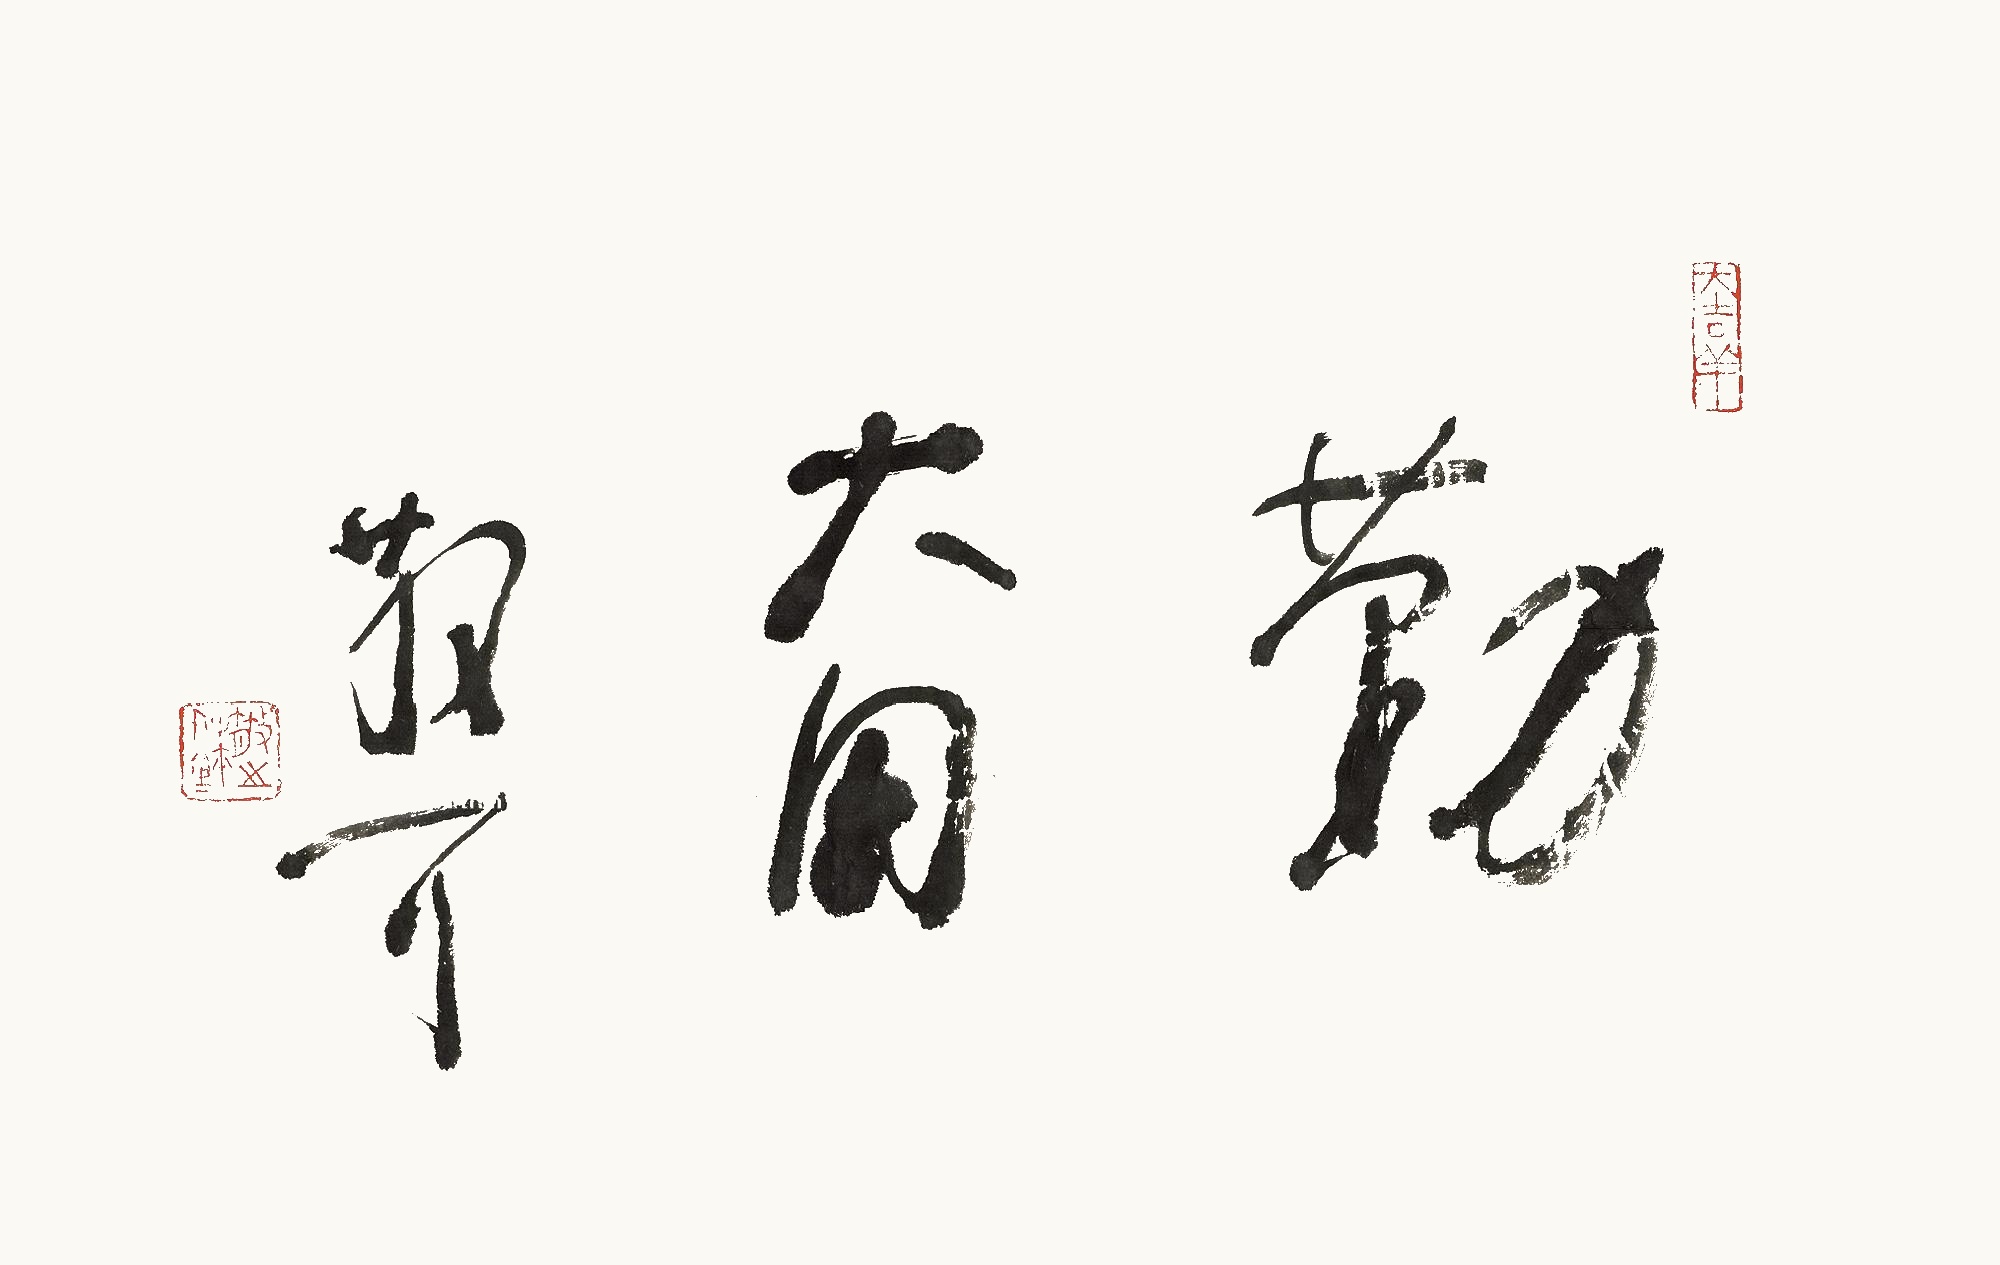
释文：勤奋散耳。